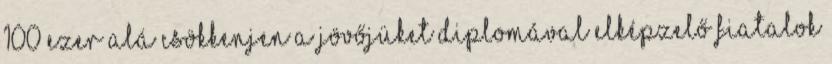
100 ezer alá csökkenjen a jövőjüket diplomával elképzelő fiatalok